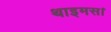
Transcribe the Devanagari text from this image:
थाइमस।